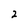
Character: 2